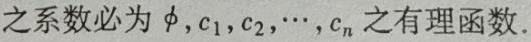
之系数必为 $\phi, c_1, c_2, \cdots, c_n$ 之有理函数.